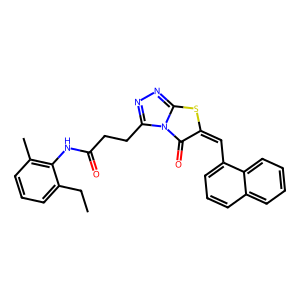
SMILES: CCc1cccc(C)c1NC(=O)CCc1nnc2sc(=Cc3cccc4ccccc34)c(=O)n12
Inhibits HIV replication: No